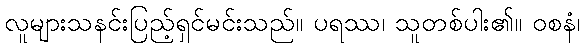
လူများသနင်းပြည့်ရှင်မင်းသည်။ ပရဿ၊ သူတစ်ပါး၏။ ဝစနံ၊